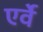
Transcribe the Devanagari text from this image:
एर्वे